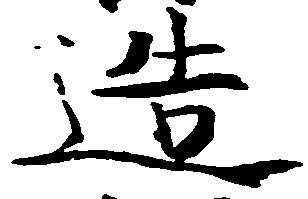
造